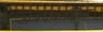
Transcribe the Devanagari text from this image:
अनपेकक्षित